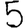
Digit: 5